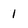
Character: l